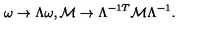
\omega \rightarrow \Lambda \omega , { \cal M } \rightarrow \Lambda ^ { - 1 T } { \cal M } \Lambda ^ { - 1 } .